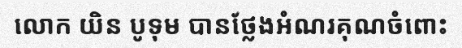
លោក យិន បូទុម បានថ្លែងអំណរគុណចំពោះ